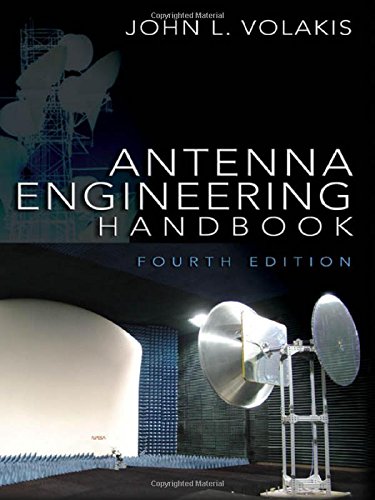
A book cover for Antenna Engineering Handbook, Fourth Edition; John Volakis; Science & Math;